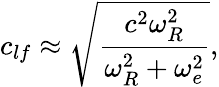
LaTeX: c_{lf}\approx\sqrt{\frac{c^{2}\omega_{R}^{2}}{\omega_{R}^{2}+\omega_{e}^{2}}},